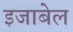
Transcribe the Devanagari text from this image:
इजाबेल